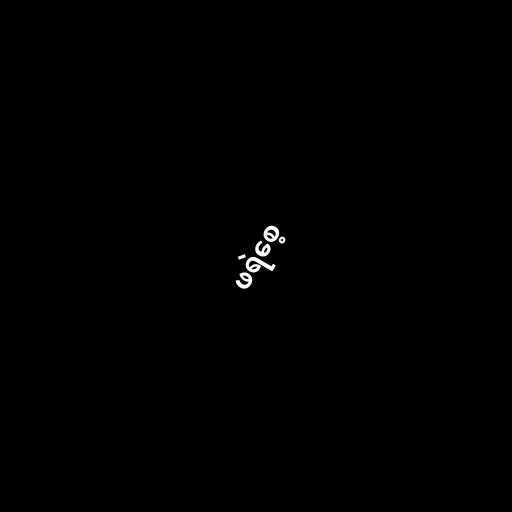
ဖရဲစေ့